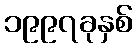
၁၉၉၇ခုနှစ်